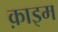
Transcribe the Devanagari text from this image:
क़ाइम